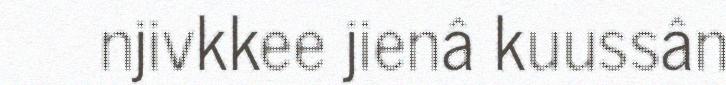
njivkkee jienâ kuussân